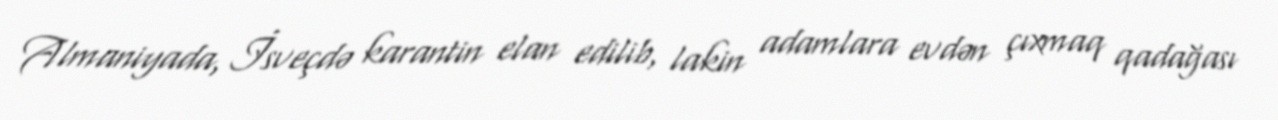
Almaniyada, İsveçdə karantin elan edilib, lakin adamlara evdən çıxmaq qadağası